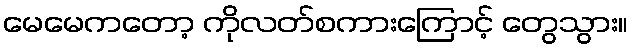
မေမေကတော့ ကိုလတ်စကားကြောင့် တွေသွား။